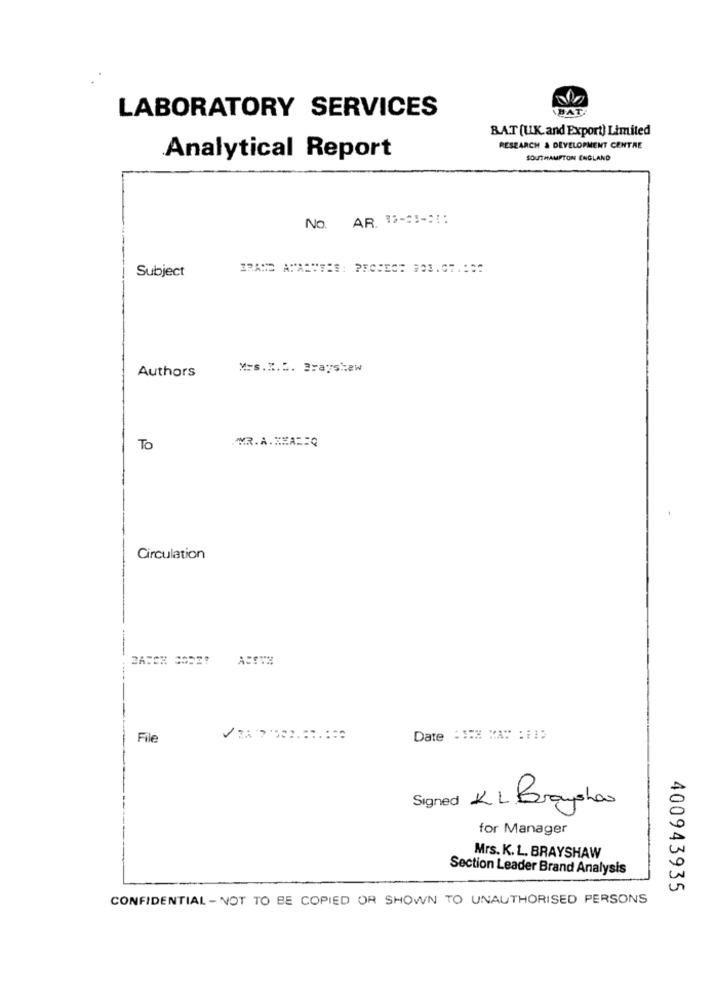
LABORATORY SERVICES
BAT!
BAT (UK. and Export) Limited
RESEARCH & DEVELOPMENT CENTRE
Analytical Report
SOUTHAMPTON ENGLAND
No. AR. 13-33-21:
Subject
Authors
Mys.M.2. Brayshew
WMR. A. ZEA == Q
To
Circulation
File
Date : 1X MA: :: 15
Signed KL Brayshon
for Manager
Mrs. K. L. BRAYSHAW
Section Leader Brand Analysis
400943935
CONFIDENTIAL - NOT TO BE COPIED OR SHOWN TO UNAUTHORISED PERSONS